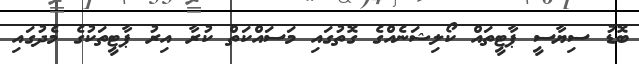
ބޮޑު ސިޔާސީ ޕާޓީތައް ކޯލިޝަނެއްގެ ގޮތުގައި މަސައްކަތް ކުރާ އިރު ޕާޓީތަކުގެ މެދުގައި